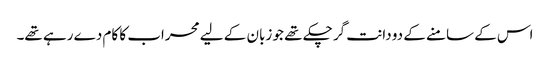
اس کے سامنے کے دو دانت گر چکے تھے جو زبان کے لیے محراب کا کام دے رہے تھے۔